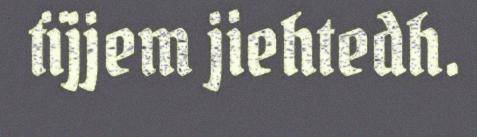
tïjjem jiehtedh.